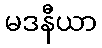
မဒနီယာ